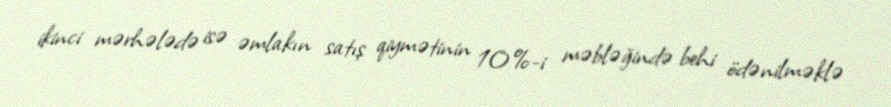
ikinci mərhələdə isə əmlakın satış qiymətinin 10%-i məbləğində behi ödənilməklə